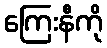
ကြေးနီကို